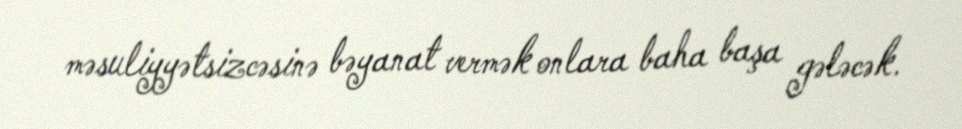
məsuliyyətsizcəsinə bəyanat vermək onlara baha başa gələcək.